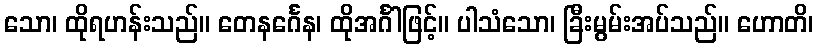
သော၊ ထိုရဟန်းသည်။ တေနင်္ဂေန၊ ထိုအင်္ဂါဖြင့်။ ပါသံသော၊ ခြီးမွမ်းအပ်သည်။ ဟောတိ၊